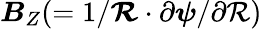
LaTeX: \boldsymbol{B}_{Z}(=1/\boldsymbol{\mathcal{R}}\cdot\partial\boldsymbol{\psi}/\partial\mathcal{R})